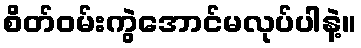
စိတ်ဝမ်းကွဲအောင်မလုပ်ပါနဲ့။